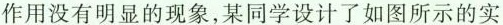
作用没有明显的现象，某同学设计了如图所示的实